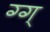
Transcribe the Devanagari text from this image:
ग्ग्